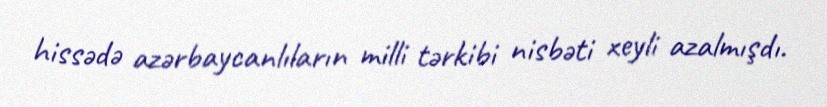
hissədə azərbaycanlıların milli tərkibi nisbəti xeyli azalmışdı.